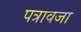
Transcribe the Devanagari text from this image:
पत्रावजा